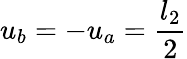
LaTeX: u_{b}=-u_{a}=\frac{l_{2}}{2}